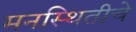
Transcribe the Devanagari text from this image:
मनस्थितीचे